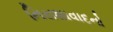
નિરાશાવાદનો